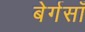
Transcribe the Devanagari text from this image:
बेर्गसाँ